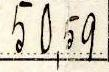
50,59